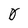
Character: 0